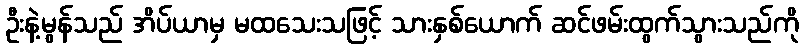
ဦးနဲ့မွန်သည် အိပ်ယာမှ မထသေးသဖြင့် သားနှစ်ယောက် ဆင်ဖမ်းထွက်သွားသည်ကို